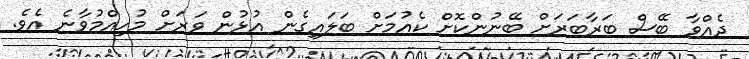
ދެއްވާ ބޭސް ބަރާބަރަށް ބޭނުންކޮށް ކެއުމަށް ބަލައިގެން އުޅުން ވަރަށް މުހިއްމުވާނެ އެވެ.